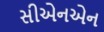
સીએનએન